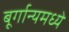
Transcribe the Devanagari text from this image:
बूर्गान्यमध्ये